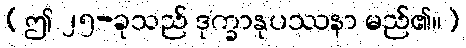
[ဤ ၂၅-ခုသည် ဒုက္ခာနုပဿနာ မည်၏။]